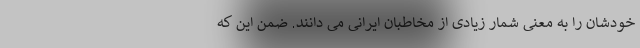
خودشان را به معنی شمار زیادی از مخاطبان ایرانی می دانند. ضمن این که